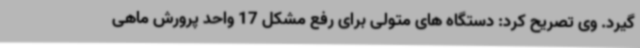
گیرد. وی تصریح کرد: دستگاه های متولی برای رفع مشکل 17 واحد پرورش ماهی